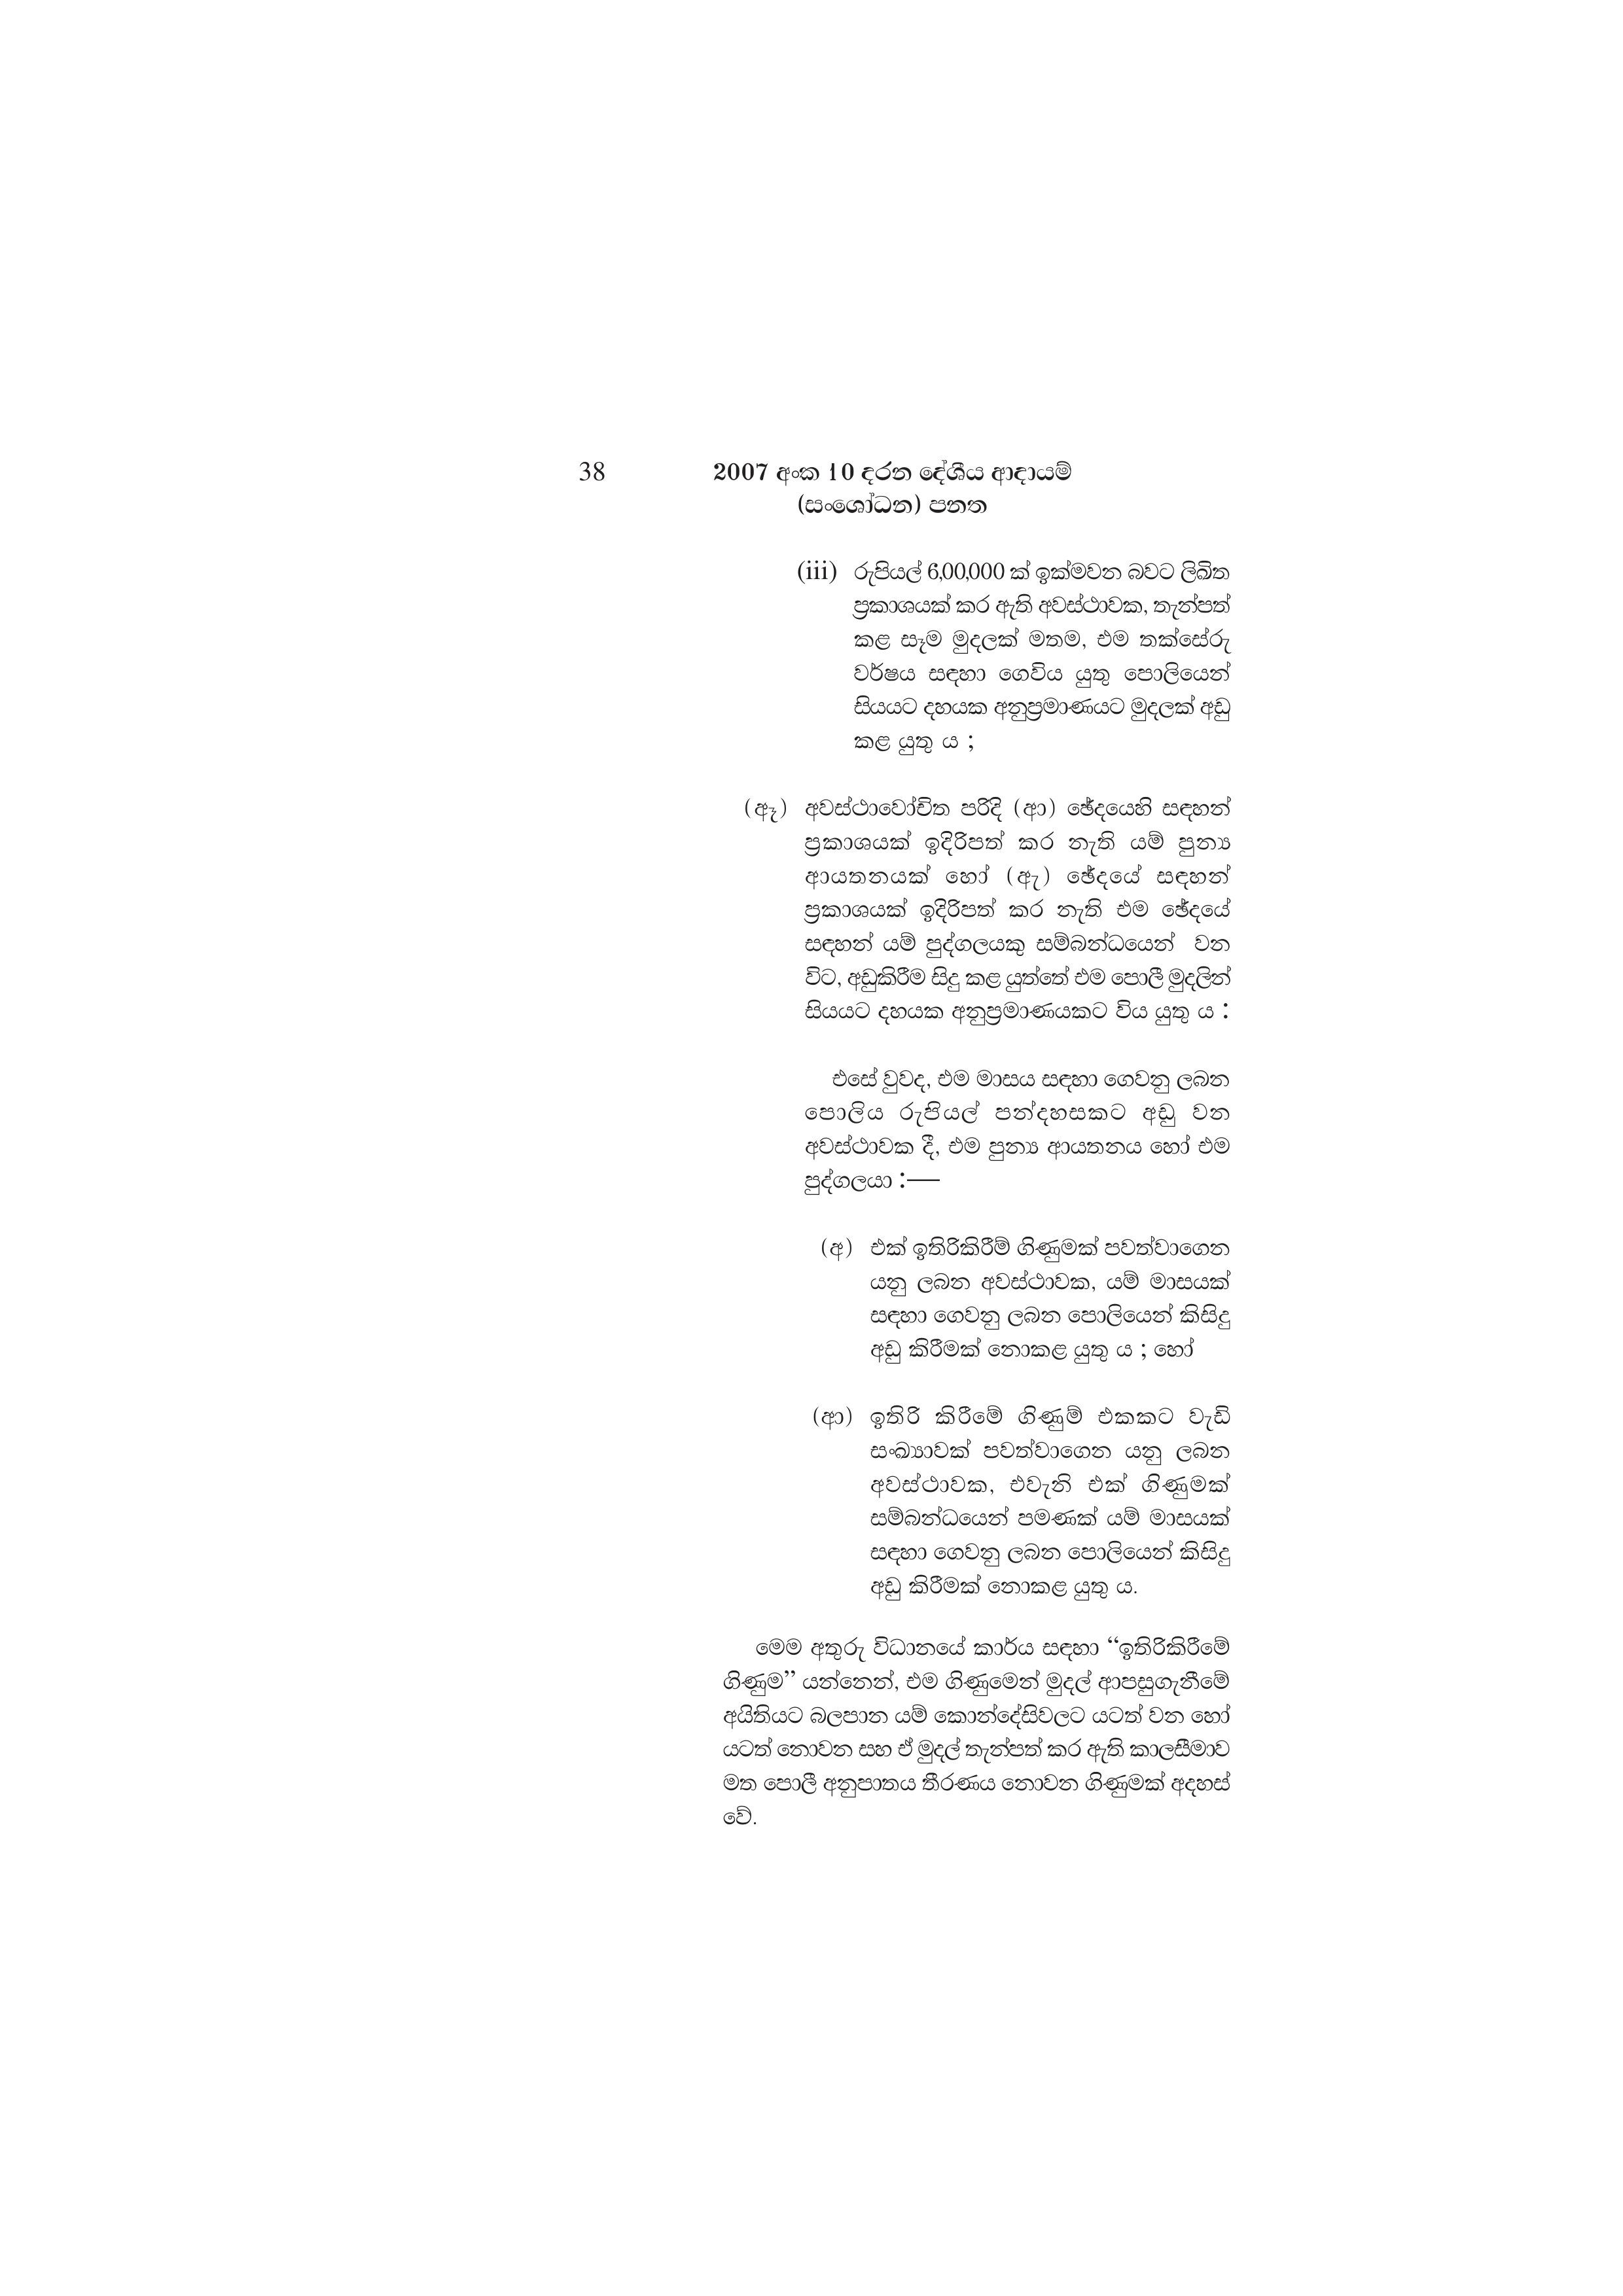
38 2007 අංක 10 දරන දේශීය ආදායම්
(සංශෝධන) පනත

(iii) රුපියල් 6,00,000 ක් ඉක්මවන බවට ලිඛිත
ප්‍රකාශයක් කර ඇති අවස්ථාවක, තැන්පත්
කළ සෑම මුදලක් මතම, එම තක්සේරු
වර්ෂය සඳහා ගෙවිය යුතු පොලියෙන්
සියයට දහයක අනුප්‍රමාණයට මුදලක් අඩු
කළ යුතු ය ;

(ඈ) අවස්ථාවෝචිත පරිදි (ආ) ඡේදයෙහි සඳහන්
ප්‍රකාශයක් ඉදිරිපත් කර නැති යම් පුන්‍ය
ආයතනයක් හෝ (ඇ) ඡේදයේ සඳහන්
ප්‍රකාශයක් ඉදිරිපත් කර නැති එම ඡේදයේ
සඳහන් යම් පුද්ගලයකු සම්බන්ධයෙන් වන
විට, අඩුකිරීම සිදු කළ යුත්තේ එම පොලී මුදලින්
සියයට දහයක අනුප්‍රමාණයකට විය යුතු ය :

එසේ වුවද, එම මාසය සඳහා ගෙවනු ලබන
පොලිය රුපියල් පන්දහසකට අඩු වන
අවස්ථාවක දී, එම පුන්‍ය ආයතනය හෝ එම
පුද්ගලයා:—

(අ) එක් ඉතිරිකිරීම් ගිණුමක් පවත්වාගෙන
යනු ලබන අවස්ථාවක, යම් මාසයක්
සඳහා ගෙවනු ලබන පොලියෙන් කිසිදු
අඩු කිරීමක් නොකළ යුතු ය ; හෝ

(ආ) ඉතිරි කිරීමේ ගිණුම් එකකට වැඩි
සංඛ්‍යාවක් පවත්වාගෙන යනු ලබන
අවස්ථාවක, එවැනි එක් ගිණුමක්
සම්බන්ධයෙන් පමණක් යම් මාසයක්
සඳහා ගෙවනු ලබන පොලියෙන් කිසිදු
අඩු කිරීමක් නොකළ යුතු ය.

මෙම අතුරු විධානයේ කාර්ය සඳහා “ඉතිරිකිරීමේ
ගිණුම” යන්නෙන්, එම ගිණුමෙන් මුදල් ආපසුගැනීමේ
අයිතියට බලපාන යම් කොන්දේසිවලට යටත් වන හෝ
යටත් නොවන සහ ඒ මුදල් තැන්පත් කර ඇති කාලසීමාව
මත පොලී අනුපාතය තීරණය නොවන ගිණුමක් අදහස්
වේ.